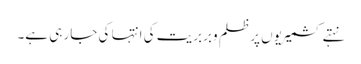
نہتے کشمیریوں پر ظلم وبربریت کی انتہا کی جار ہی ہے۔